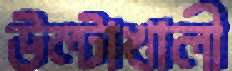
উল্টাখালী